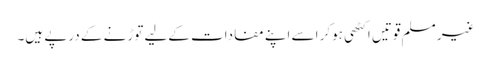
غیر مسلم قوتیں اکٹھی ہوکر اسے اپنے مفادات کےلیے توڑنے کے درپے ہیں۔